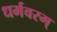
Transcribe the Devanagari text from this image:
धर्मवरम्